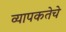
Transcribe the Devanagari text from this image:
व्यापकतेचे